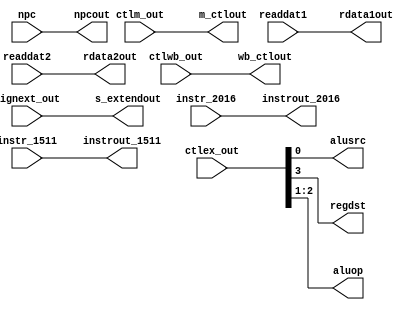
`timescale 1ns / 1ps
/*   id_ex.v  */
module id_ex(
	input		wire 	[1:0]	ctlwb_out,
	input		wire 	[2:0]	ctlm_out,
	input		wire 	[3:0]	ctlex_out,
	input		wire 	[31:0]	npc,
	input		wire 	[31:0]	readdat1,
	input		wire 	[31:0]	readdat2,
	input		wire 	[31:0]	signext_out,
	input		wire	[4:0]	instr_2016,
	input		wire	[4:0]	instr_1511,
	output		reg		[1:0]	wb_ctlout,
	output		reg		[2:0]	m_ctlout,
	output		reg				alusrc,
	output		reg				regdst,
	output		reg		[1:0]	aluop, 
	output		reg 	[31:0]	s_extendout,
	output		reg 	[31:0]	rdata2out, 
	output		reg		[31:0]	rdata1out,
	output		reg		[31:0]	npcout,
	output		reg		[4:0]	instrout_1511,
	output		reg		[4:0]	instrout_2016
 );
		
initial 
begin
      //Assign 0's to everything
  		wb_ctlout 		<= 	0;
	  	m_ctlout 		<= 	0;
	  	regdst 			<=  0;
	  	aluop 			<=  0;
	  	alusrc 			<= 	0;
	  	npcout 			<= 	0;
	  	rdata1out 		<= 	0; 
	  	rdata2out 		<=  0;
	  	s_extendout 	<= 	0;
		instrout_2016 	<= 	0; 
		instrout_1511	<= 	0;
end

always @ * 
begin
     //Wire the inputs to the outputs corresponding outputs
 		 #1
	 	 wb_ctlout     <= ctlwb_out;
		 m_ctlout      <= ctlm_out;
		 regdst        <= ctlex_out[3];
		 aluop         <= ctlex_out[2:1];
		 alusrc        <= ctlex_out[0];
		 npcout        <= npc;
		 rdata1out     <= readdat1;
		 rdata2out     <= readdat2;
		 s_extendout   <= signext_out;
		 instrout_2016 <= instr_2016;
		 instrout_1511 <= instr_1511;
end
endmodule //id_ex